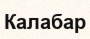
Калабар